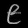
Digit: ၉